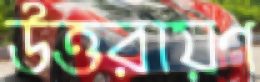
উত্তরায়ণ